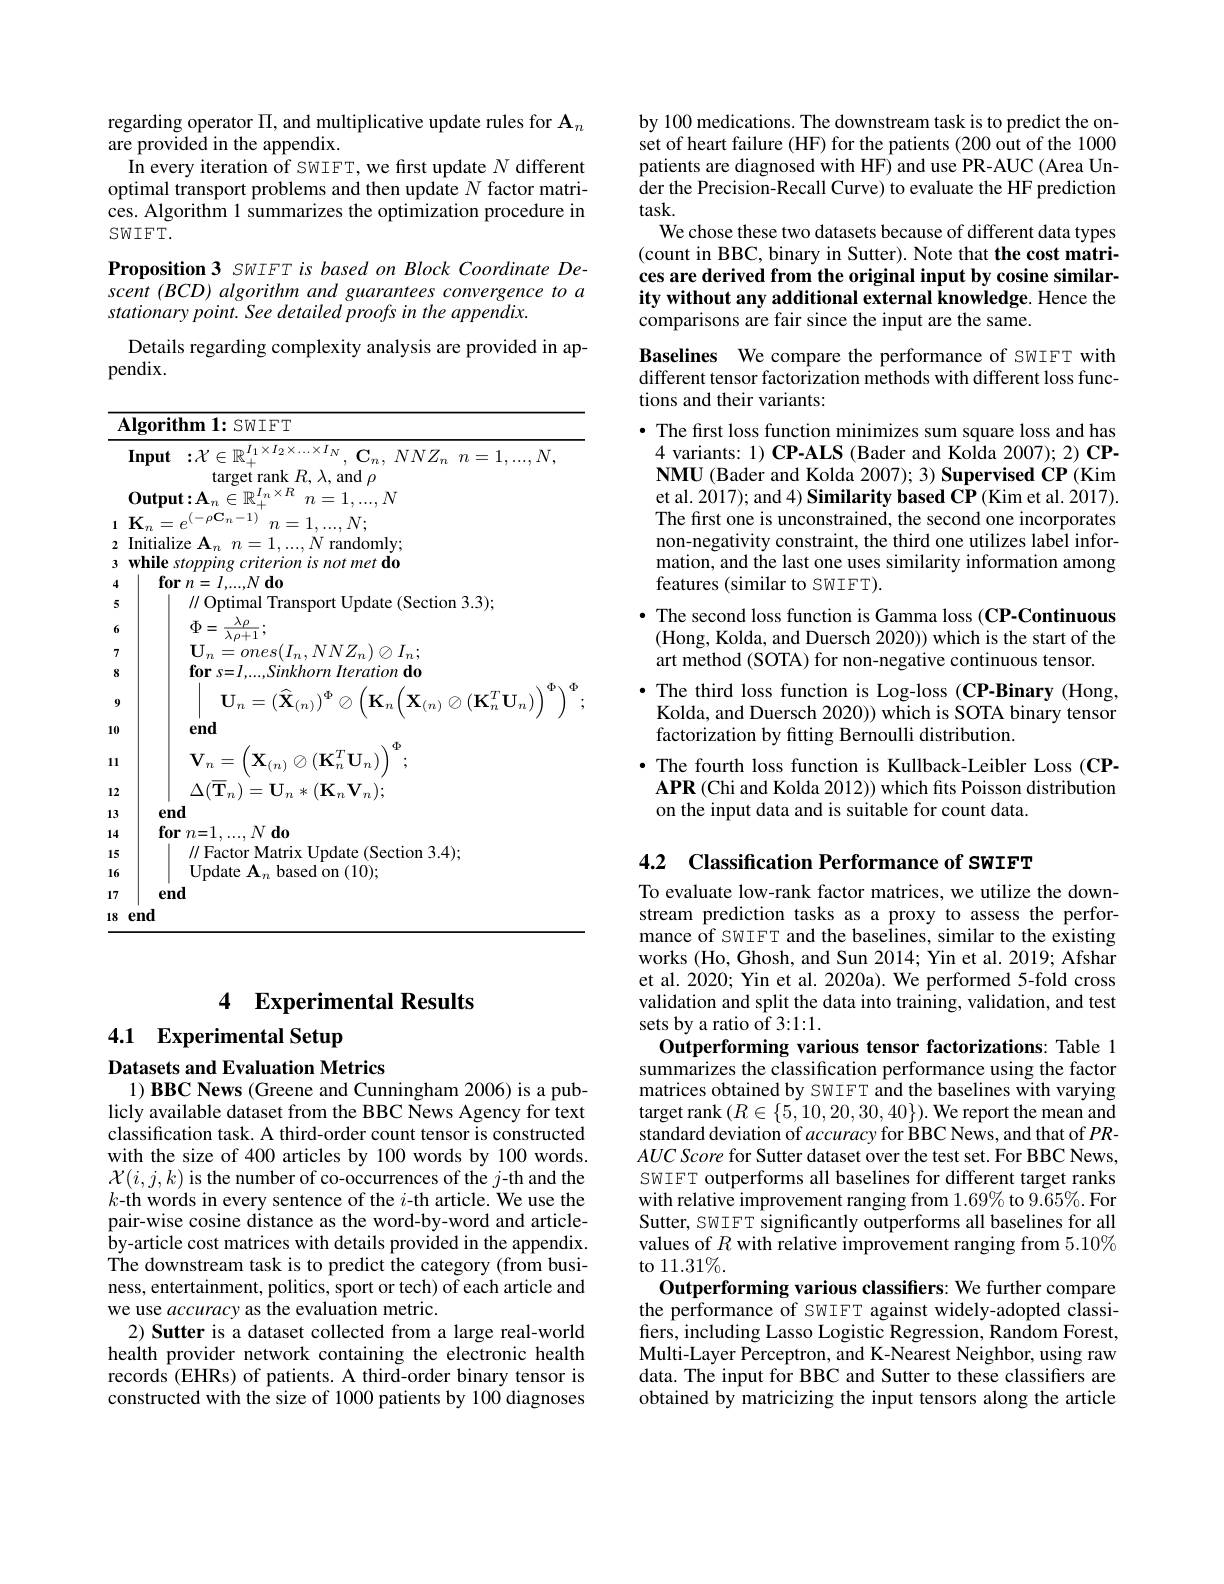
regarding operator $\Pi$, and multiplicative update rules for $\mathbf{A}_n$
are provided in the appendix.
In every iteration of SWIFT, we first update $N$ different optimal transport problems and then update $N$ factor matrices. Algorithm 1 summarizes the optimization procedure in $SWIFT.$
Proposition 3 SWIFT is based on Block Coordinate Descent (BCD) algorithm and guarantees convergence to a stationary point. See detailed proofs in the appendix.
Details regarding complexity analysis are provided in ap-
pendix.

<table>
	<tbody>
		<tr>
			<td>$f$</td>
			<td>$SWIFT$ $m$</td>
		</tr>
		<tr>
			<td> </td>
			<td>${\overline{\mathbf{Input}\::\mathcal{X}\in\mathbb{R}_{+}^{I_{1}\times I_{2}\times\ldots\times I_{N}},\mathbf{C}_{n},\:NNZ_{n}\:n=1,\ldots,N,}}$ target rank $R,\lambda$, and $\rho$</td>
		</tr>
		<tr>
			<td> </td>
			<td>$\mathbf{Output:A}$ 保 $I_{n}$ $\times R$ $N$ $\eta$ </td>
		</tr>
		<tr>
			<td>1</td>
			<td>$\mathbf{K}_{n}=e^{(-\rho\mathbf{C}_{n}-1)}$ $n=1,...,N;$</td>
		</tr>
		<tr>
			<td>2 3</td>
			<td>Initialize $A_n$ $n= 1, . . . , N$ randomly while stopping criterion is not met do</td>
		</tr>
		<tr>
			<td>4</td>
			<td>$T2$</td>
		</tr>
		<tr>
			<td>5 5</td>
			<td> </td>
		</tr>
		<tr>
			<td> </td>
			<td>$\tilde{d}$</td>
		</tr>
		<tr>
			<td>0 7</td>
			<td> </td>
		</tr>
		<tr>
			<td>I 8</td>
			<td>for $\mathbf{C}=$ inkhorn Iterationdo</td>
		</tr>
		<tr>
			<td>9</td>
			<td>$\mathbf{U}_{n}=(\ddot{\mathbf{X}}_{(n)})^{\Phi}$ $_{n}(\mathbf{X}_{(n)}\otimes(\mathbf{K}_{n}^{T}\mathbf{U}_{n})$ $\mathbf{K}_{n}$</td>
		</tr>
		<tr>
			<td>10</td>
			<td>end</td>
		</tr>
		<tr>
			<td>11</td>
			<td>$\mathbf{V}_{n}=$ $\mathbf{X}_{(n)}\otimes(\mathbf{K}_{n}^{T}\mathbf{U}_{n})$</td>
		</tr>
		<tr>
			<td>12</td>
			<td>$\Lambda/\eta$ $\left\|\int_{\infty}^{\infty}\frac{1}{2}\right\|_{\infty}$ $(\mathbf{K}_{n}\mathbf{V}_{n});$</td>
		</tr>
		<tr>
			<td>13</td>
			<td>end</td>
		</tr>
		<tr>
			<td>14 </td>
			<td>$\textbf{for}n{= }1, . . . , N\textbf{do}$</td>
		</tr>
		<tr>
			<td>15</td>
			<td>$\|$Factor $\cdot Matris$ (Section 3.4)</td>
		</tr>
		<tr>
			<td>16</td>
			<td>0ndate An based on (10);</td>
		</tr>
		<tr>
			<td>17</td>
			<td>end</td>
		</tr>
		<tr>
			<td>18</td>
			<td>end</td>
		</tr>
	</tbody>
</table>

## 4 Experimental Results

4.1 Experimental Setup

Datasets and Evaluation Metrics

$1) \textbf{ BBC News ( Greene and Cunningham 2006) is a pub- }$

licly available dataset from the BBC News Agency for text classification task. A third-order count tensor is constructed with the size of 400 articles by 100 words by 100 words. $\mathcal{X}(i,j,k)$ is the number of co-occurrences of the $j$-th and the $k\textbf{- th words in every sentence of the }i$-th article. We use the pair-wise cosine distance as the word-by-word and articleby-article cost matrices with details provided in the appendix. The downstream task is to predict the category (from business, entertainment, politics, sport or tech) of each article and we use accuracy as the evaluation metric.
2) Sutter is a dataset collected from a large real-world health provider network containing the electronic health records (EHRs) of patients. A third-order binary tensor is constructed with the size of 1000 patients by 100 diagnoses

by 100 medications. The downstream task is to predict the onset of heart failure (HF) for the patients (200 out of the 1000 patients are diagnosed with HF) and use PR-AUC (Area Un- $\hat{\text{der the Precision-Recall Curve) to evaluate the HF prediction}}$ task.
We chose these two datasets because of different data types (count in BBC, binary in Sutter). Note that the cost matrices are derived from the original input by cosine similarity without any additional external knowledge. Hence the comparisons are fair since the input are the same.
Baselines We compare the performance of SwIFT with different tensor factorization methods with different loss functions and their variants:
· The first loss function minimizes sum square loss and has
4 variants: 1) CP-ALS (Bader and Kolda 2007); 2) CPNMU (Bader and Kolda 2007); 3) Supervised CP (Kim et al. 2017); and 4) Similarity based CP (Kim et al. 2017). The first one is unconstrained, the second one incorporates non-negativity constraint, the third one utilizes label information, and the last one uses similarity information among features (similar to SWIFT).
· The second loss function is Gamma loss (CP-Continuous (Hong, Kolda, and Duersch 2020)) which is the start of the art method (SOTA) for non-negative continuous tensor.
$\bullet$ The third loss function is Log-loss (CP-Binary (Hong,
Kolda, and Duersch 2020)) which is SOTA binary tensor
factorization by fitting Bernoulli distribution.
· The fourth loss function is Kullback-Leibler Loss (CPAPR (Chi and Kolda 2012)) which fits Poisson distribution on the input data and is suitable for count data.

4.2 Classification Performance of SWIFT
To evaluate low-rank factor matrices, we utilize the downstream prediction tasks as a proxy to assess the performance of SWIFT and the baselines, similar to the existing works (Ho, Ghosh, and Sun 2014; Yin et al. 2019; Afshar et al. 2020; Yin et al. 2020a). We performed 5-fold cross validation and split the data into training, validation, and test sets by a ratio of 3:1:1.
Outperforming various tensor factorizations: Table 1 summarizes the classification performance using the factor matrices obtained by SWIFT and the baselines with varying target rank $(R\in\{5,10,20,30,40\}).$ We report the mean and standard deviation of accuracy for BBC News, and that of $PR-$ $AUC\textit{ Score for Sutter dataset over the test set. For BBC News, }$ SWIFT outperforms all baselines for different target ranks with relative improvement ranging from $1.69\%$ to $9.65\%.$For Sutter, SWIFT significantly outperforms all baselines for all values of $R$ with relative improvement ranging from 5.10% to 11.31%.
Outperforming various classifiers: We further compare the performance of SWIFT against widely-adopted classifiers, including Lasso Logistic Regression, Random Forest, Multi-Layer Perceptron, and K-Nearest Neighbor, using raw data. The input for BBC and Sutter to these classifiers are obtained by matricizing the input tensors along the article